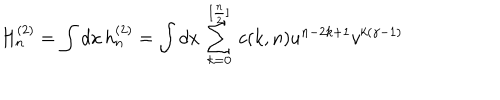
H _ { n } ^ { ( 2 ) } = \int d x \, h _ { n } ^ { ( 2 ) } = \int d x \, \sum _ { k = 0 } ^ { [ { \frac { n } { 2 } } ] } \, c ( k , n ) u ^ { n - 2 k + 1 } v ^ { k ( \gamma - 1 ) }